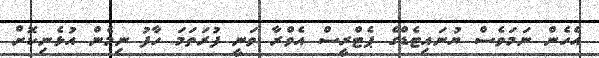
އެހެން ނަމަވެސް ޔުނައިޓެޑްގެ ޕެޓްރީސް އެވްރާ ވަނީ ފުރަތަމަ ހާފު ނިމެން އުޅެނިކޮށް